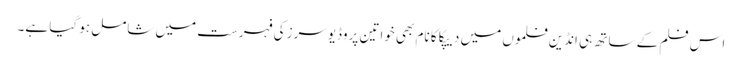
اس فلم کے ساتھ ہی انڈین فلموں میں دیپکا کا نام بھی خواتین پروڈیوسرز کی فہرست میں شامل ہو گیا ہے۔